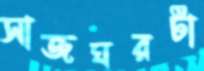
সাজঘরটা